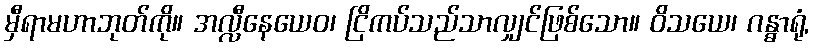
မှီရာမဟာဘုတ်ကို။ အလ္လီနေယေဝ၊ ငြိကပ်သည်သာလျှင်ဖြစ်သော။ ဝိသယေ၊ ဂန္ဓာရုံ,